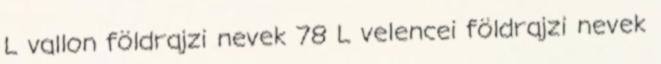
L vallon földrajzi nevek‎ 78 L velencei földrajzi nevek‎